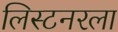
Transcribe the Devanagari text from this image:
लिस्टनरला